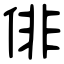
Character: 俳